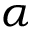
\alpha